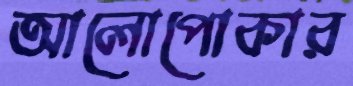
আলোপোকার